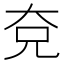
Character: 𭀢